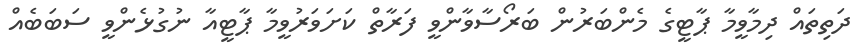
ދަތިތައް ދިމާވީމާ ޕާޓީގެ މެންބަރުން ބަރޯސާވާންވީ ފަރާތް ކަށަވަރުވީމާ ޕާޓީއާ ނުގުޅެންވީ ސަބަބެއް